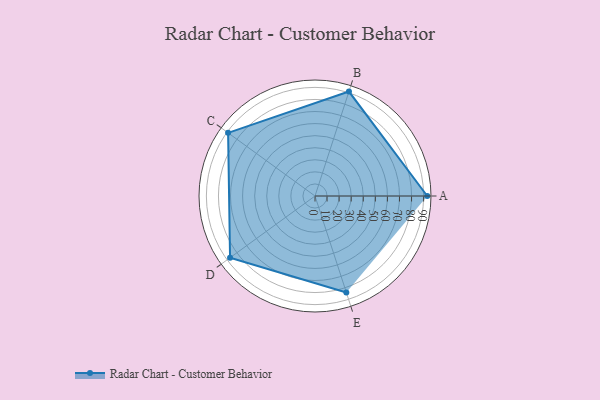
{"axis": {"x": "Skill", "y": "Score"}, "legend": ["Profile"], "data": [{"x": "A", "y": 93.0, "type": "Profile"}, {"x": "B", "y": 91.0, "type": "Profile"}, {"x": "C", "y": 89.0, "type": "Profile"}, {"x": "D", "y": 87.0, "type": "Profile"}, {"x": "E", "y": 84.0, "type": "Profile"}]}